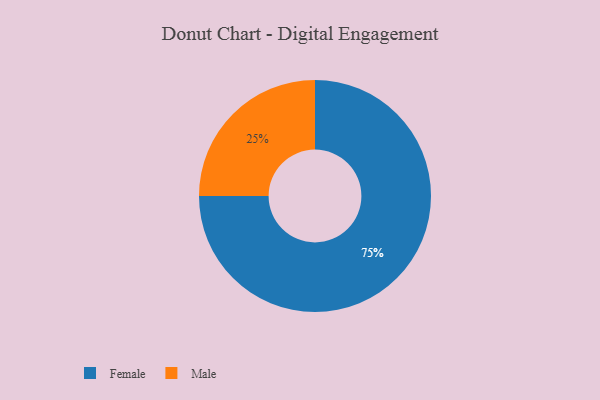
{"axis": {"x": "Category", "y": "Percentage"}, "legend": ["Female", "Male"], "data": [{"x": "Male", "y": 25, "type": "Male"}, {"x": "Female", "y": 75, "type": "Female"}]}